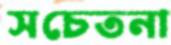
সচেতনা